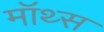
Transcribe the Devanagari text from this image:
मॉथ्स